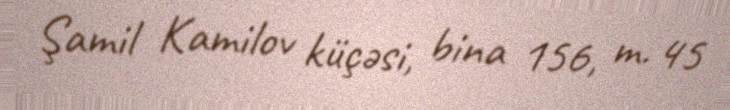
Şamil Kamilov küçəsi, bina 156, m. 45